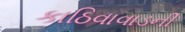
કાઠિવાવાડની